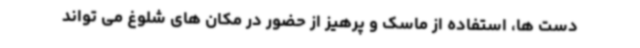
دست ها، استفاده از ماسک و پرهیز از حضور در مکان های شلوغ می تواند